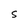
Character: s